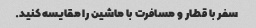
سفر با قطار و مسافرت با ماشین را مقایسه کنید.